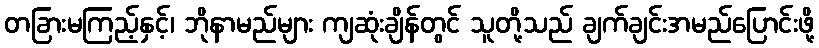
တခြားမကြည့်နှင့်၊ ဘိုနာမည်များ ကျဆုံးချိန်တွင် သူတို့သည် ချက်ချင်းအမည်ပြောင်းဖို့